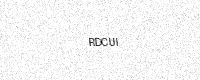
Text: RDCUI